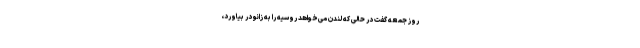
روز جمعه گفت در حالی که لندن می‌خواهد روسیه را به زانو در بیاورد،